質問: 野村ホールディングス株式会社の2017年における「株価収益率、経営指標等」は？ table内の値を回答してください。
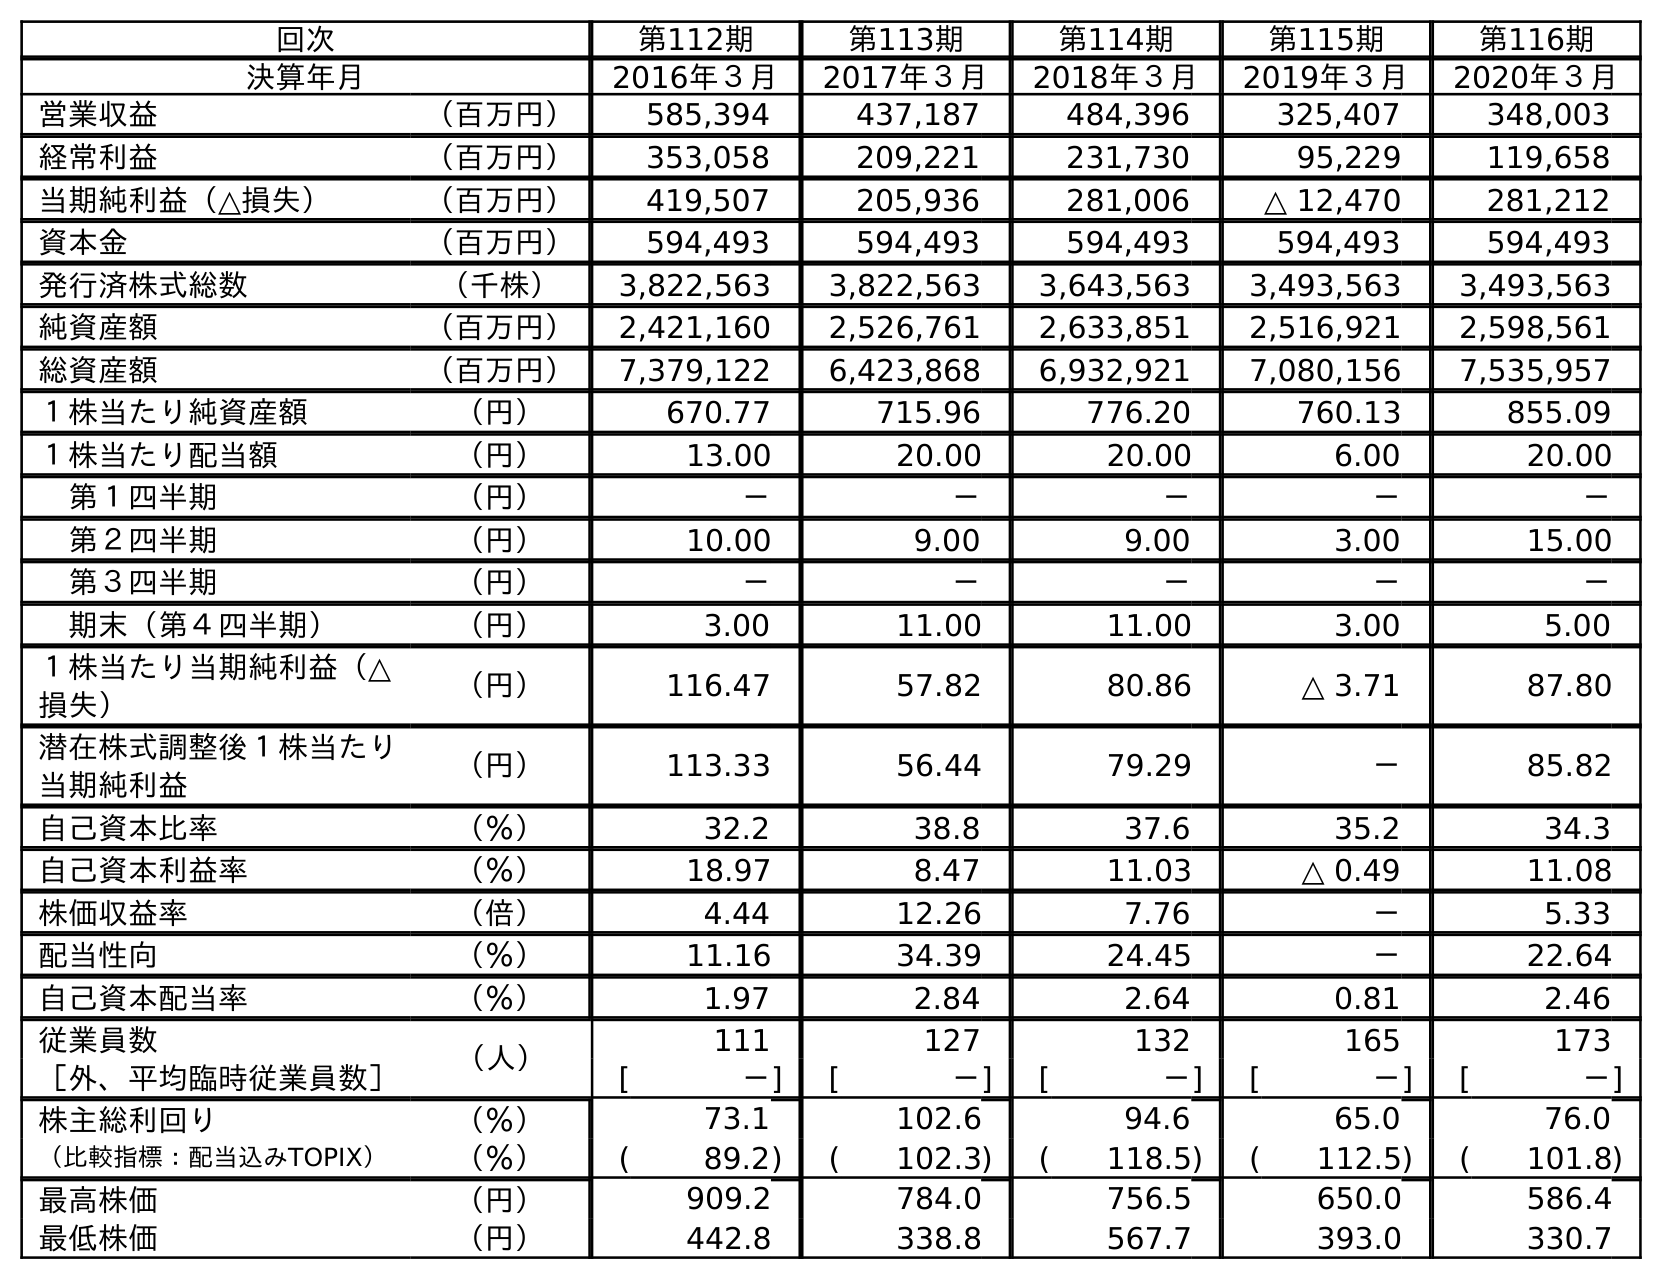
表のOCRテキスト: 回次 第112期 第113期 第114期 第115期 第116期 決算年月 2016年３月 2017年３月 2018年３月 2019年３月 2020年３月 営業収益 （百万円） 585,394 437,187 484,396 325,407 348,003 経常利益 （百万円） 353,058 209,221 231,730 95,229 119,658 当期純利益（△損失） （百万円） 419,507 205,936 281,006 △ 12,470 281,212 資本金 （百万円） 594,493 594,493 594,493 594,493 594,493 発行済株式総数 （千株） 3,822,563 3,822,563 3,643,563 3,493,563 3,493,563 純資産額 （百万円） 2,421,160 2,526,761 2,633,851 2,516,921 2,598,561 総資産額 （百万円） 7,379,122 6,423,868 6,932,921 7,080,156 7,535,957 １株当たり純資産額 （円） 670.77 715.96 776.20 760.13 855.09 １株当たり配当額 （円） 13.00 20.00 20.00 6.00 20.00 第１四半期 （円） － － － － － 第２四半期 （円） 10.00 9.00 9.00 3.00 15.00 第３四半期 （円） － － － － － 期末（第４四半期） （円） 3.00 11.00 11.00 3.00 5.00 １株当たり当期純利益（△ 損失） （円） 116.47 57.82 80.86 △ 3.71 87.80 潜在株式調整後１株当たり 当期純利益 （円） 113.33 56.44 79.29 － 85.82 自己資本比率 （％） 32.2 38.8 37.6 35.2 34.3 自己資本利益率 （％） 18.97 8.47 11.03 △ 0.49 11.08 株価収益率 （倍） 4.44 12.26 7.76 － 5.33 配当性向 （％） 11.16 34.39 24.45 － 22.64 自己資本配当率 （％） 1.97 2.84 2.64 0.81 2.46 従業員数 （人） 111 127 132 165 173 ［外、平均臨時従業員数］ [ －] [ －] [ －] [ －] [ －] 株主総利回り （％） 73.1 102.6 94.6 65.0 76.0 （比較指標：配当込みTOPIX） （％） ( 89.2) ( 102.3) ( 118.5) ( 112.5) ( 101.8) 最高株価 （円） 909.2 784.0 756.5 650.0 586.4 最低株価 （円） 442.8 338.8 567.7 393.0 330.7
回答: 12.26